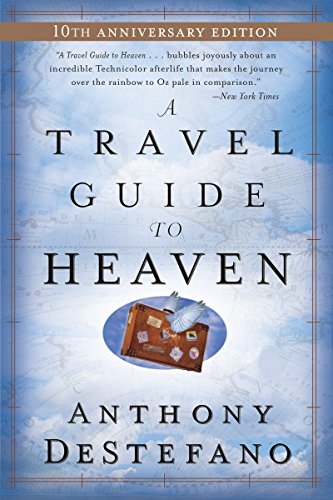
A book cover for A Travel Guide to Heaven; Anthony DeStefano; Christian Books & Bibles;